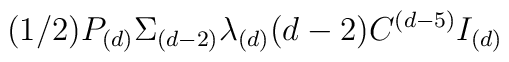
(1/2)P_{(d)} \Sigma _{(d-2)}\lambda_{(d)}(d-2)C^{(d-5)} I_{(d)}